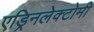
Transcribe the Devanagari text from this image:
एड्रिनलेक्टोमी